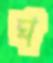
ঘ